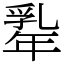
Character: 𢆡